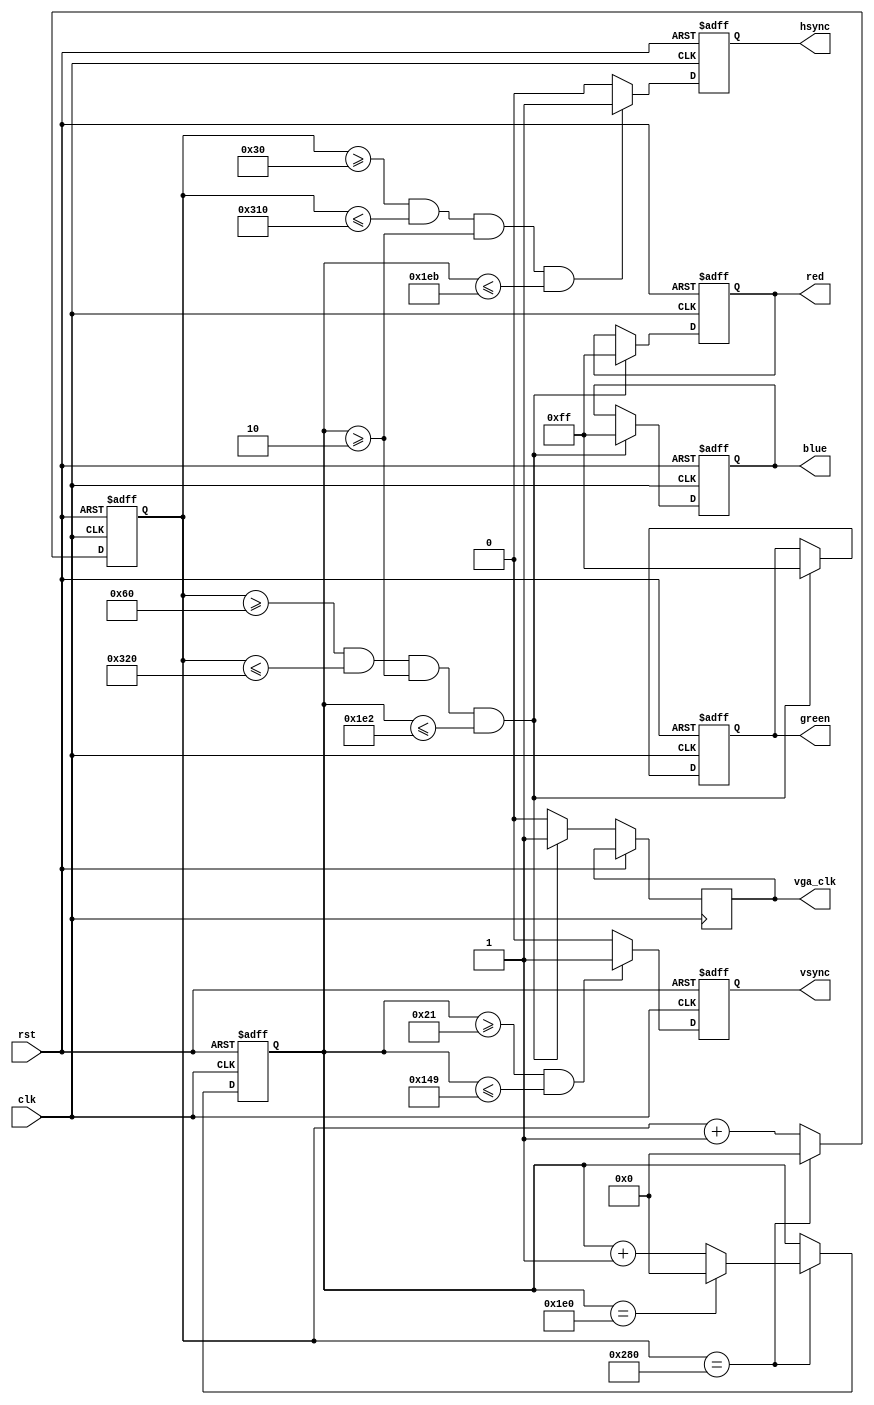
module VGA_Controller (
    input wire clk,
    input wire rst,
    output reg hsync,
    output reg vsync,
    output reg [7:0] red,
    output reg [7:0] green,
    output reg [7:0] blue,
    output reg vga_clk
);

parameter H_RES = 640;
parameter V_RES = 480;

reg [9:0] h_counter;
reg [9:0] v_counter;

always @(posedge clk or posedge rst)
begin
    if (rst)
    begin
        h_counter <= 10'b0;
        v_counter <= 10'b0;
        hsync <= 1'b0;
        vsync <= 1'b0;
        red <= 8'b0;
        green <= 8'b0;
        blue <= 8'b0;
    end
    else
    begin
        h_counter <= h_counter + 1;
        
        if (h_counter == H_RES)
        begin
            h_counter <= 10'b0;
            v_counter <= v_counter + 1;
            
            if (v_counter == V_RES)
            begin
                v_counter <= 10'b0;
            end
        end
        
        if (h_counter >= 96 && h_counter <= 800 && v_counter >= 2 && v_counter <= 482)
        begin
            red <= 8'b11111111;
            green <= 8'b11111111;
            blue <= 8'b11111111;
        end
        
        if (h_counter >= 96 && h_counter <= 800 && v_counter >= 2 && v_counter <= 482)
        begin
            vga_clk <= 1'b1;
        end
        else
        begin
            vga_clk <= 1'b0;
        end
        
        if (h_counter >= 48 && h_counter <= 784 && v_counter >=2 && v_counter<= 491)
        begin
            hsync <= 1'b1;
        end
        else
        begin
            hsync <= 1'b0;
        end
        
        if (v_counter >= 33 && v_counter <= 329)
        begin
            vsync <= 1'b1;
        end
        else
        begin
            vsync <= 1'b0;
        end
    end
end

endmodule